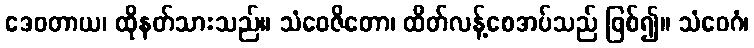
ဒေဝတာယ၊ ထိုနတ်သားသည်။ သံဝေဇိတော၊ ထိတ်လန့်စေအပ်သည် ဖြစ်၍။ သံဝေဂံ၊